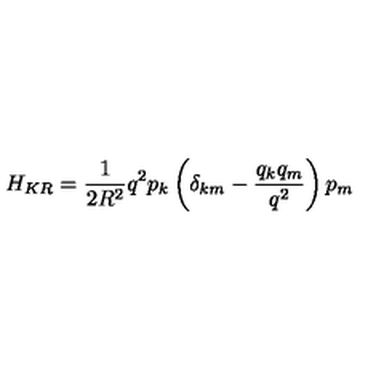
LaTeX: H _ { K R } = \frac { 1 } { 2 R ^ { 2 } } q ^ { 2 } p _ { k } \left( \delta _ { k m } - \frac { q _ { k } q _ { m } } { q ^ { 2 } } \right) p _ { m }